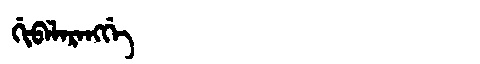
Manchu: ᡤᡳᠪᠠᠯᠠᡵᠠᠩᡤᡝ
Romanization: GIBALARANGGE